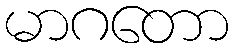
မာဂတော